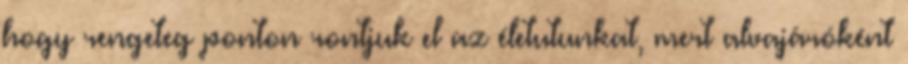
hogy rengeteg ponton rontjuk el az életutunkat, mert alvajáróként